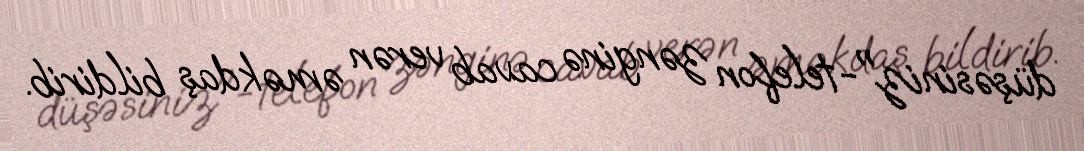
düşəsiniz"-telefon zənginə cavab verən əməkdaş bildirib.